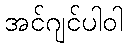
အင်ဂျင်ပါဝါ